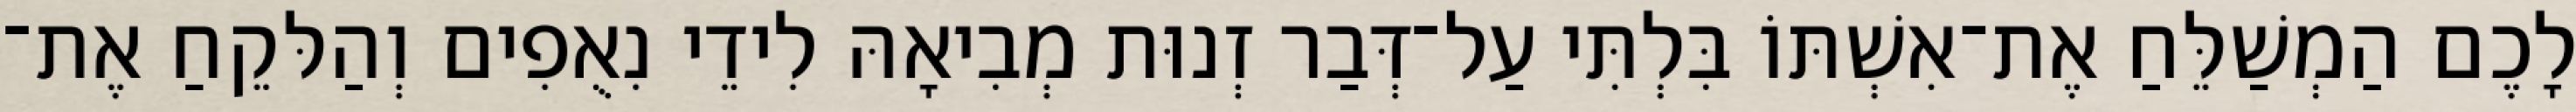
לָכֶם הַמְשַׁלֵּחַ אֶת־אִשְׁתּוֹ בִּלְתִּי עַל־דְּבַר זְנוּת מְבִיאָהּ לִידֵי נִאֻפִים וְהַלּקֵחַ אֶת־